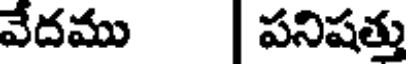
వేదము | పనిషత్తు